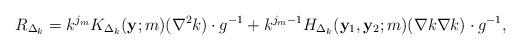
LaTeX: \begin{align*} R_{\Delta_k} = k^{j_m} K_{\Delta_k} (\mathbf y ;m) (\nabla^2 k) \cdot g^{-1} + k^{j_m-1} H_{\Delta_k}(\mathbf y_1, \mathbf y_2 ;m) (\nabla k \nabla k) \cdot g^{-1}, \end{align*}